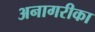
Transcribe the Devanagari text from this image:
अनागरीका